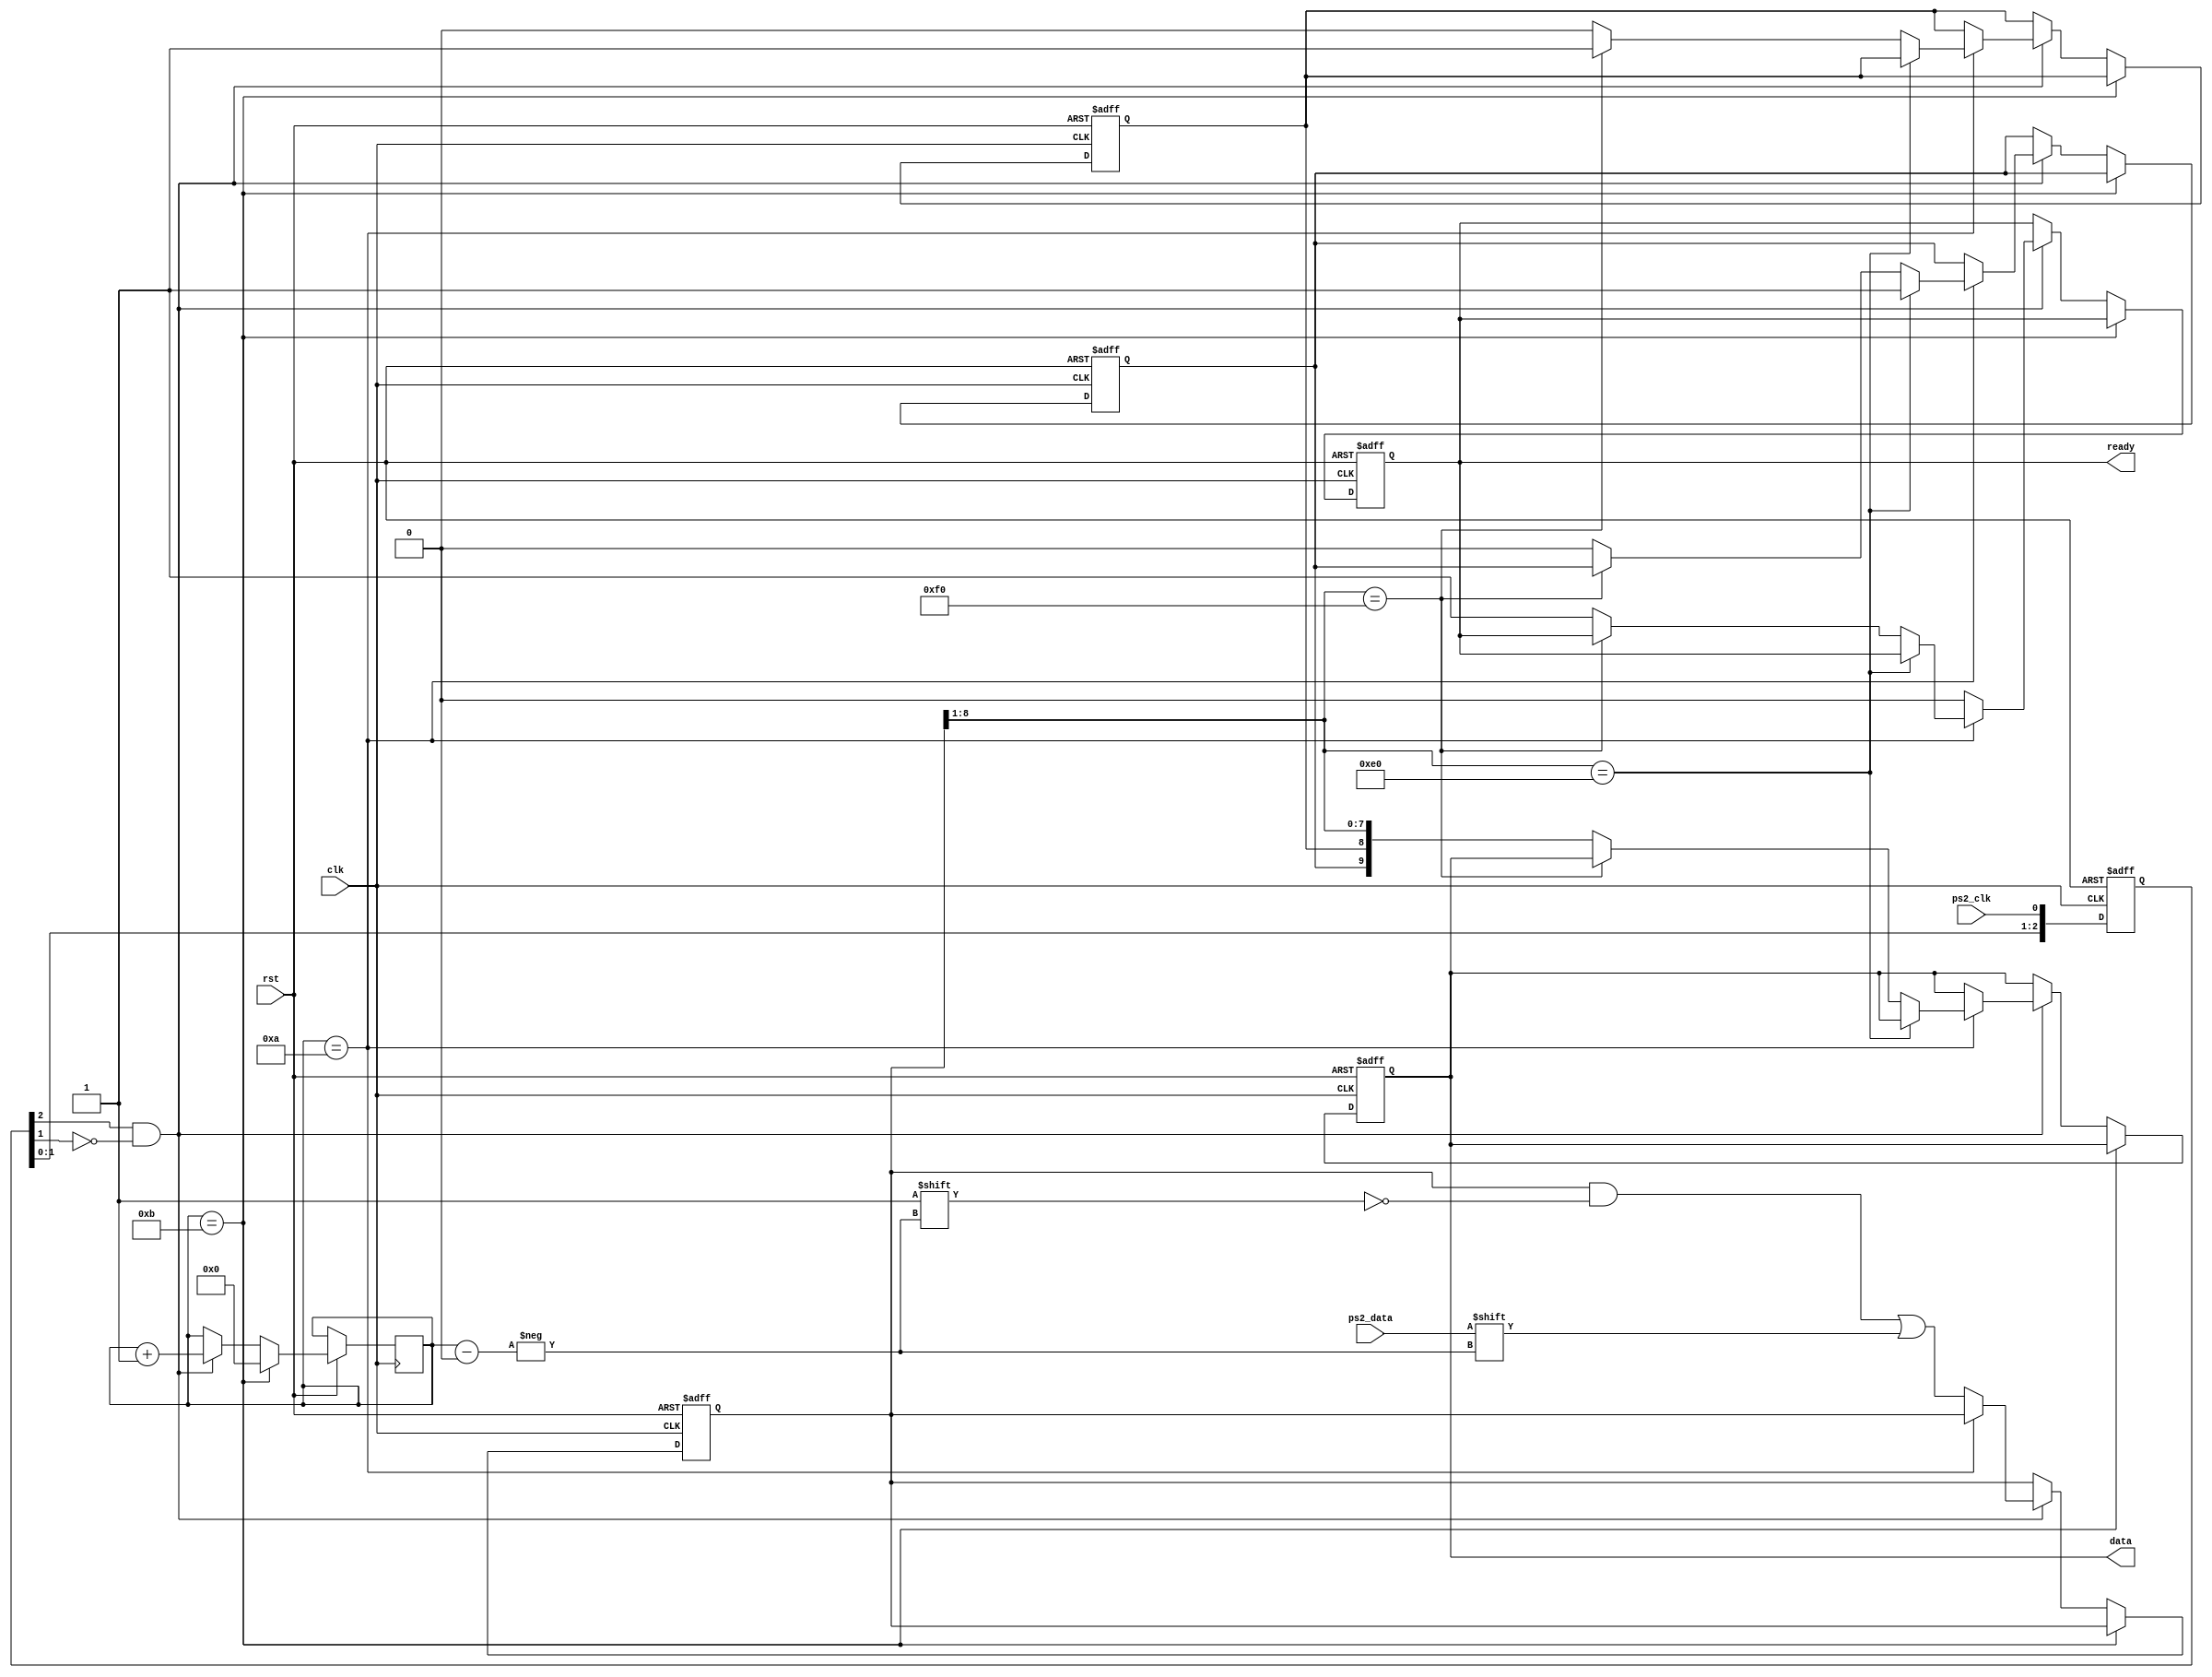
`timescale 1ns / 1ps
//////////////////////////////////////////////////////////////////////////////////
// Company: 
// Engineer: 
// 
// Design Name: 
// Module Name:    ps2control 
// Project Name: 
// Target Devices: 
// Tool versions: 
// Description: 
//
// Dependencies: 
//
// Revision: 
// Revision 0.01 - File Created
// Additional Comments: 
//
//////////////////r////////////////////////////////////////////////////////////////
module ps2control(
		input clk, 
		input ps2_clk, 
		input ps2_data, 
		input rst,
		output reg [9:0] data, 
		output ready
		//output sampling,
		//output reg [3:0] count
    );
	 
	reg [3:0] count = 0;
	//initial count[3:0] = 0;
	reg [9:0] buffer = 0;
	reg [2:0] ps2_clk_sync = 0;
	reg data_expand = 0;
	reg data_release = 0;
	reg data_done = 0;
	wire sampling;
	 
	always @(posedge clk or negedge rst) begin
			if(!rst) ps2_clk_sync <= 0;
			else ps2_clk_sync <= {ps2_clk_sync[1:0],ps2_clk};
	end	
	assign sampling = ps2_clk_sync[2]&~ps2_clk_sync[1];
	
	always @(posedge clk or negedge rst) begin
		if(!rst) begin
			data_done <= 0;
			data_expand <= 0;
			data <= 0;
			data_release <= 0;
			buffer <= 0;
		end 
		else if(count == 4'd11) count <= 0;
		else if(sampling) begin
			if(count == 4'd10) begin
				if(buffer[8:1]==8'hE0) data_expand <= 1;
				else if(buffer[8:1]==8'hF0) data_release <= 1;
				else begin
					data <= {data_expand, data_release, buffer[8:1]};
					data_done <= 1;
					data_expand <= 0;
					data_release <= 0;
				end
			end 
			else begin
				buffer[count] <= ps2_data;
				data_done <= 0;
			end
			count <= count +3'b1;
		end
	end
	
	assign ready = data_done;
			
endmodule